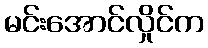
မင်းအောင်လှိုင်က